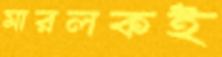
মারলকই